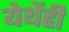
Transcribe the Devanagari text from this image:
येथेंही